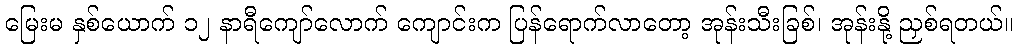
မြေးမ နှစ်ယောက် ၁၂ နာရီကျော်လောက် ကျောင်းက ပြန်ရောက်လာတော့ အုန်းသီးခြစ်၊ အုန်းနို့ ညှစ်ရတယ်။